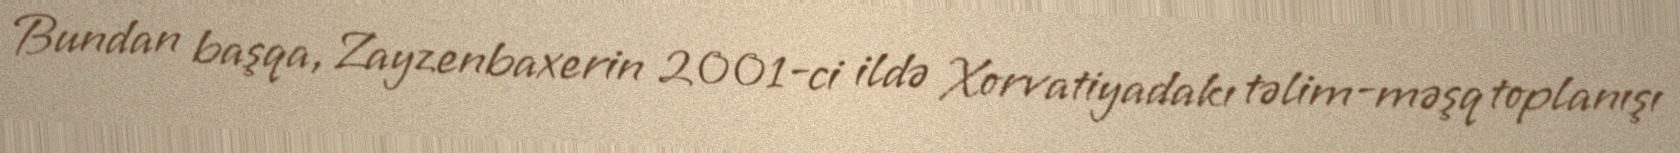
Bundan başqa, Zayzenbaxerin 2001-ci ildə Xorvatiyadakı təlim-məşq toplanışı